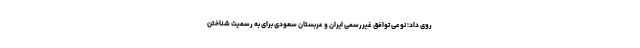
روی داد؛ نوعی توافق غیررسمی ایران و عربستان سعودی برای به رسمیت شناختن